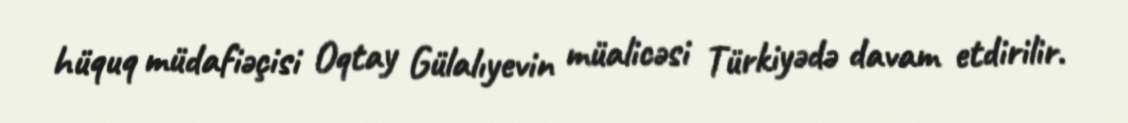
hüquq müdafiəçisi Oqtay Gülalıyevin müalicəsi Türkiyədə davam etdirilir.